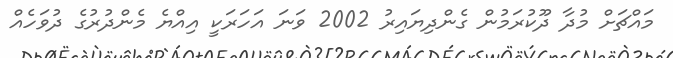
މައްޗަށް މުދާ ދޫކުރަމުން ގެންދިޔައިރު 2002 ވަނަ އަހަރަކީ އިއްޔެ މެންދުރުގެ ދުވަހެއް